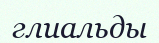
глиальды